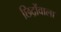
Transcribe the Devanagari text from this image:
छिद्रोंवाला